Report on the bubonic plague in Bombay, 1896-1897
Year: 1896
Disease focus: Plague
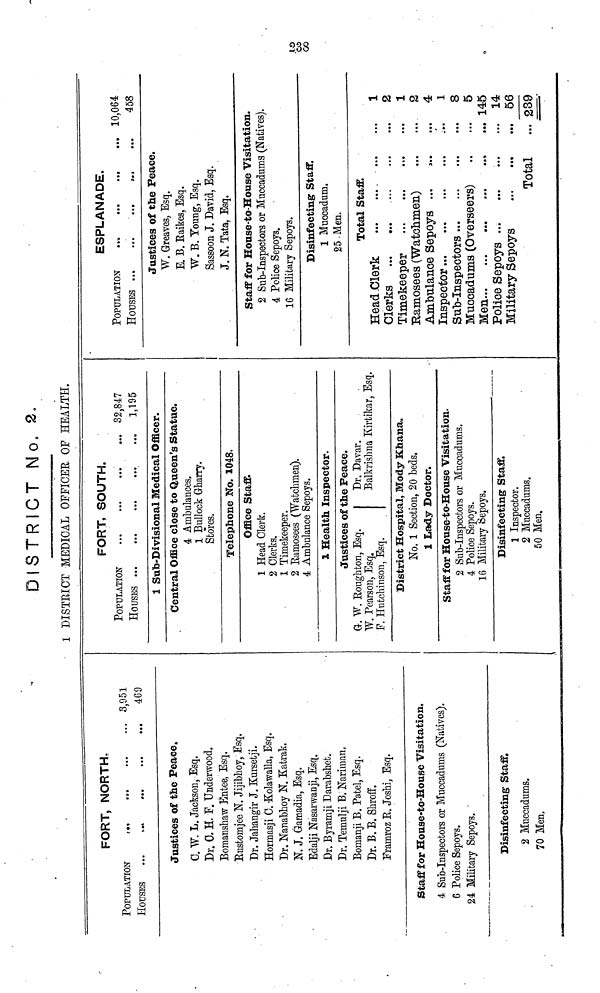
DISTRICT No. 2.
1 DISTRICT MEDICAL OFFICER OF HEALTH.
FORT, NORTH.
POPULATION
...
•••
•••
•••
HOUSES
...
...
...
...
...
Justices of the Peace.
G. W. L. Jackson, Esq.
Dr. 0. H. F. Underwood.
Bomanshaw Êntee, Esq.
Bustomjee N. Jijibhoy, Esq.
Dr. Jahangir J. Kursetji.
Hormasji C. -Kolawalla, Esq.
Dr. Nanabhoy N. Katrak.
N. J. Gamadia, Esq.
Edalji Nasarwanji, Esq.
Dr. Byramji Darabshet.
Dr. Temulji B. Nariman.
Bomanji B. Patel, Esq.
Dr. B. B. Shroff.
Pramroz R. Joshi, Esq.
3,951
469
Staff for House-to-House Visitation,
4 Sub-Inspectors or Muccadums (Natives).
6 Police Sepoys.
24 Military Sepoys.
Disinfecting Staff.
2 Muccadnms.
70 Men.
FORT, SOUTH.
POPULATION
...
... 32,847
1,195
1 Sub-Divisional Medical Officer.
Central Office close to Queen's Statue.
4 Ambulances.
1 Bullock Gharry.
Stores.
Telephone No. 1048.
Office Staff.
1 Head Clerk.
2 Clerks.
1 Timekeeper.
2 Bamosees (Watchmen).
4 Ambulance Sepoys.
1 Health Inspector.
Justices of the Peace.
G. W. Roughton, Esq.
Dr. Davar.
W. Pearson, Esq.
Balkrishna Kirtikar, Esq.
F. Hutchinson, Esq.
District Hospital, Mody Khana
No. 1 Section, 20 beds.
1 Lady Doctor.
Staff for House-to-House Visitation.
2 Sub-Inspectors or Mucoadums.
4 Police Sepoys.
16 Military Sepoys.
Disinfecting Staff.
1 Inspector.
2 Muccadums.
50 Men.
ESPLANADE.
Justices of the Peace.
W. Greaves, Esq.
E. B. Baikes, Esq.
W. B. Young, Esq.
Sassoon J. David, Esq.
J. N. Tata, Esq.
Staff for House-to-House Visitation.
2 Sub-Inspectors or Muccadums (Natives).
4 Police Sepoys.
16 Military Sepoys.
Disinfecting Staff.
1 Muccadum.
25 Men.
Total Staff.
Clerks
Timekeeper
Ramosees (Watchmen)
Ambulance Sepoys
Inspector
Sub-Inspectors
Mucoadums (Overseers) ..
Police Sepoys
Military Sepoys
Total
1
...
2
1
...
2
...
4
...
1
...
8
...
5
... 145
...
14
...
56
... 239